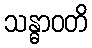
သန္ဓာဝတိ